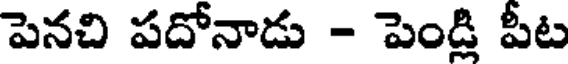
పెనచి పదోనాడు - పెండ్లి పీట